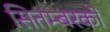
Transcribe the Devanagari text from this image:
सितम्बरको